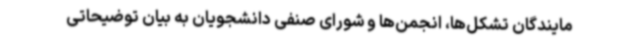
مایندگان تشکل‌ها، انجمن‌ها و شورای صنفی دانشجویان به بیان توضیحاتی